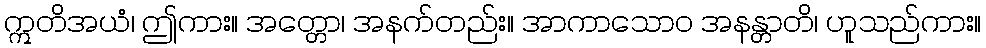
ဣတိအယံ၊ ဤကား။ အတ္တော၊ အနက်တည်း။ အာကာသောဝ အနန္တာတိ၊ ဟူသည်ကား။